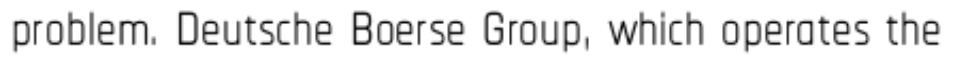
problem. Deutsche Boerse Group, which operates the